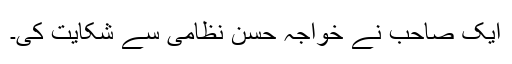
ایک صاحب نے خواجہ حسن نظامی سے شکایت کی۔